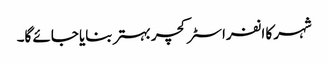
شہر کا انفراسٹرکچر بہتر بنایا جائے گا۔